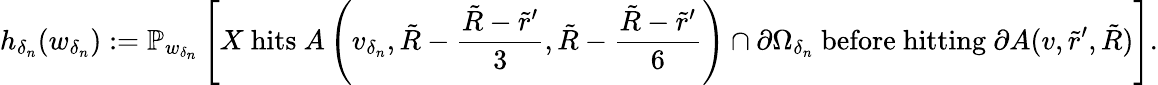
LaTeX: h_{\delta_{n}}(w_{\delta_{n}}):=\mathbb{P}_{w_{\delta_{n}}}\left[X\mathrm{~hits~}A\left(v_{\delta_{n}},\tilde{R}-\frac{\tilde{R}-\tilde{r}^{\prime}}{3},\tilde{R}-\frac{\tilde{R}-\tilde{r}^{\prime}}{6}\right)\cap\partial\Omega_{\delta_{n}}\mathrm{~before~hitting~}\partial A(v,\tilde{r}^{\prime},\tilde{R})\right].